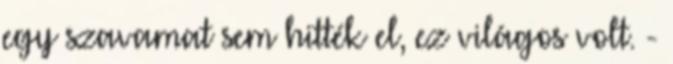
egy szavamat sem hitték el, ez világos volt. -